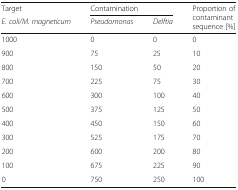
| Target | <COLSPAN=2> Contamination | <ROWSPAN=2> Proportion of contaminant sequence [%] |
 | E. coli/M. magneticum | Pseudomonas | Delftia |
 | --- | --- | --- | --- |
 | 1000 | 0 | 0 | 0 |
 | 900 | 75 | 25 | 10 |
 | 800 | 150 | 50 | 20 |
 | 700 | 225 | 75 | 30 |
 | 600 | 300 | 100 | 40 |
 | 500 | 375 | 125 | 50 |
 | 400 | 450 | 150 | 60 |
 | 300 | 525 | 175 | 70 |
 | 200 | 600 | 200 | 80 |
 | 100 | 675 | 225 | 90 |
 | 0 | 750 | 250 | 100 |